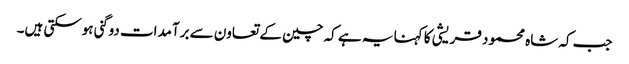
جب کہ شاہ محمود قریشی کا کہنا یہ ہے کہ چین کے تعاون سے برآمدات دوگنی ہوسکتی ہیں۔